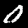
Label: 0